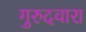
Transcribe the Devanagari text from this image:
गुरुदवारा